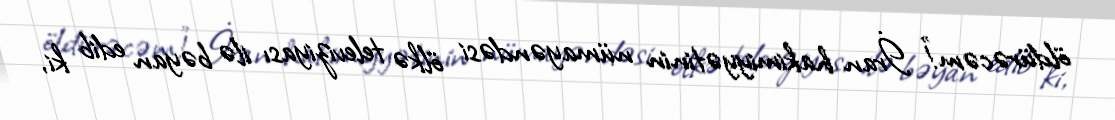
öldürəcəm!” İran hakimiyyətinin nümayəndəsi ölkə televiziyası ilə bəyan edib ki,